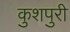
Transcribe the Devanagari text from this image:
कुशपुरी